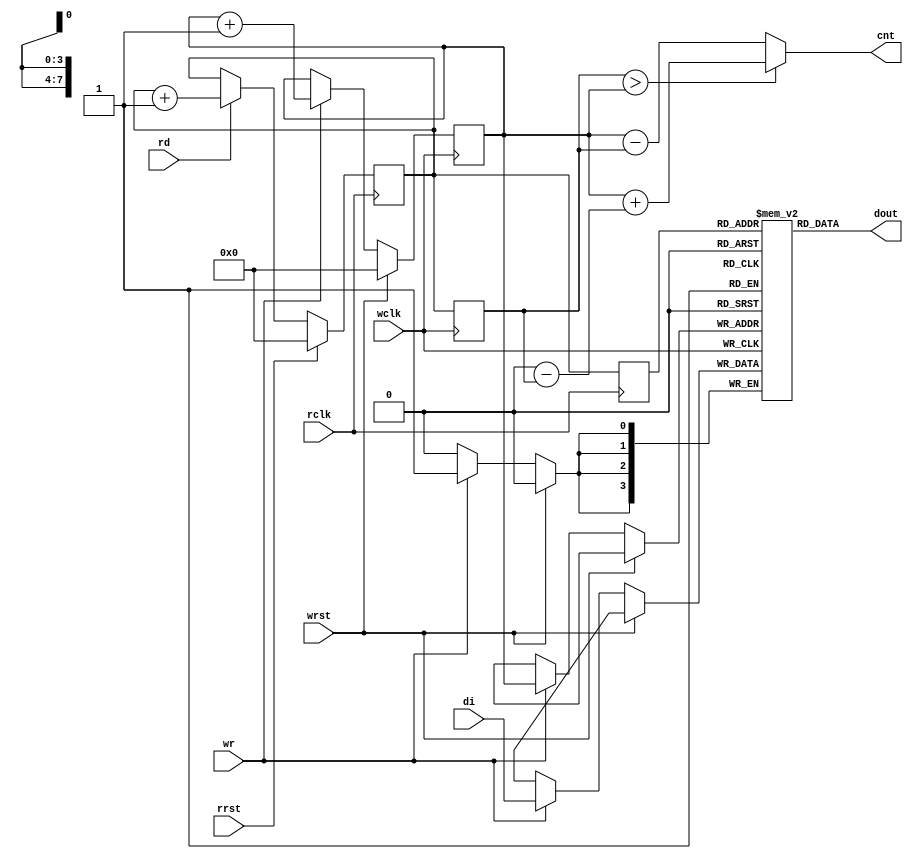
module mpmcFifo(wrst, wclk, wr, di, rrst, rclk, rd, dout, cnt);
parameter WID=4;
input wrst;
input wclk;
input wr;
input [WID-1:0] di;
input rrst;
input rclk;
input rd;
output [WID-1:0] dout;
output [7:0] cnt;
reg [7:0] cnt;

reg [7:0] wr_ptr;
reg [7:0] rd_ptr,rrd_ptr;
reg [WID-1:0] mem [0:255];

wire [7:0] wr_ptr_p1 = wr_ptr + 8'd1;
wire [7:0] rd_ptr_p1 = rd_ptr + 8'd1;
reg [7:0] rd_ptrs;

always @(posedge wclk)
	if (wrst)
		wr_ptr <= 8'd0;
	else if (wr) begin
		mem[wr_ptr] <= di;
		wr_ptr <= wr_ptr_p1;
	end
always @(posedge wclk)		// synchronize read pointer to wclk domain
	rd_ptrs <= rd_ptr;

always @(posedge rclk)
	if (rrst)
		rd_ptr <= 8'd0;
	else if (rd)
		rd_ptr <= rd_ptr_p1;
always @(posedge rclk)
	rrd_ptr <= rd_ptr;

assign dout = mem[rrd_ptr[7:0]];

always @(wr_ptr or rd_ptrs)
	if (rd_ptrs > wr_ptr)
		cnt <= wr_ptr + (9'd256 - rd_ptrs);
	else
		cnt <= wr_ptr - rd_ptrs;

endmodule